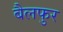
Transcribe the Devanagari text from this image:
बैलफुर